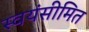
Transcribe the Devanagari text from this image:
स्वयंसीमित